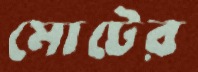
মোটের